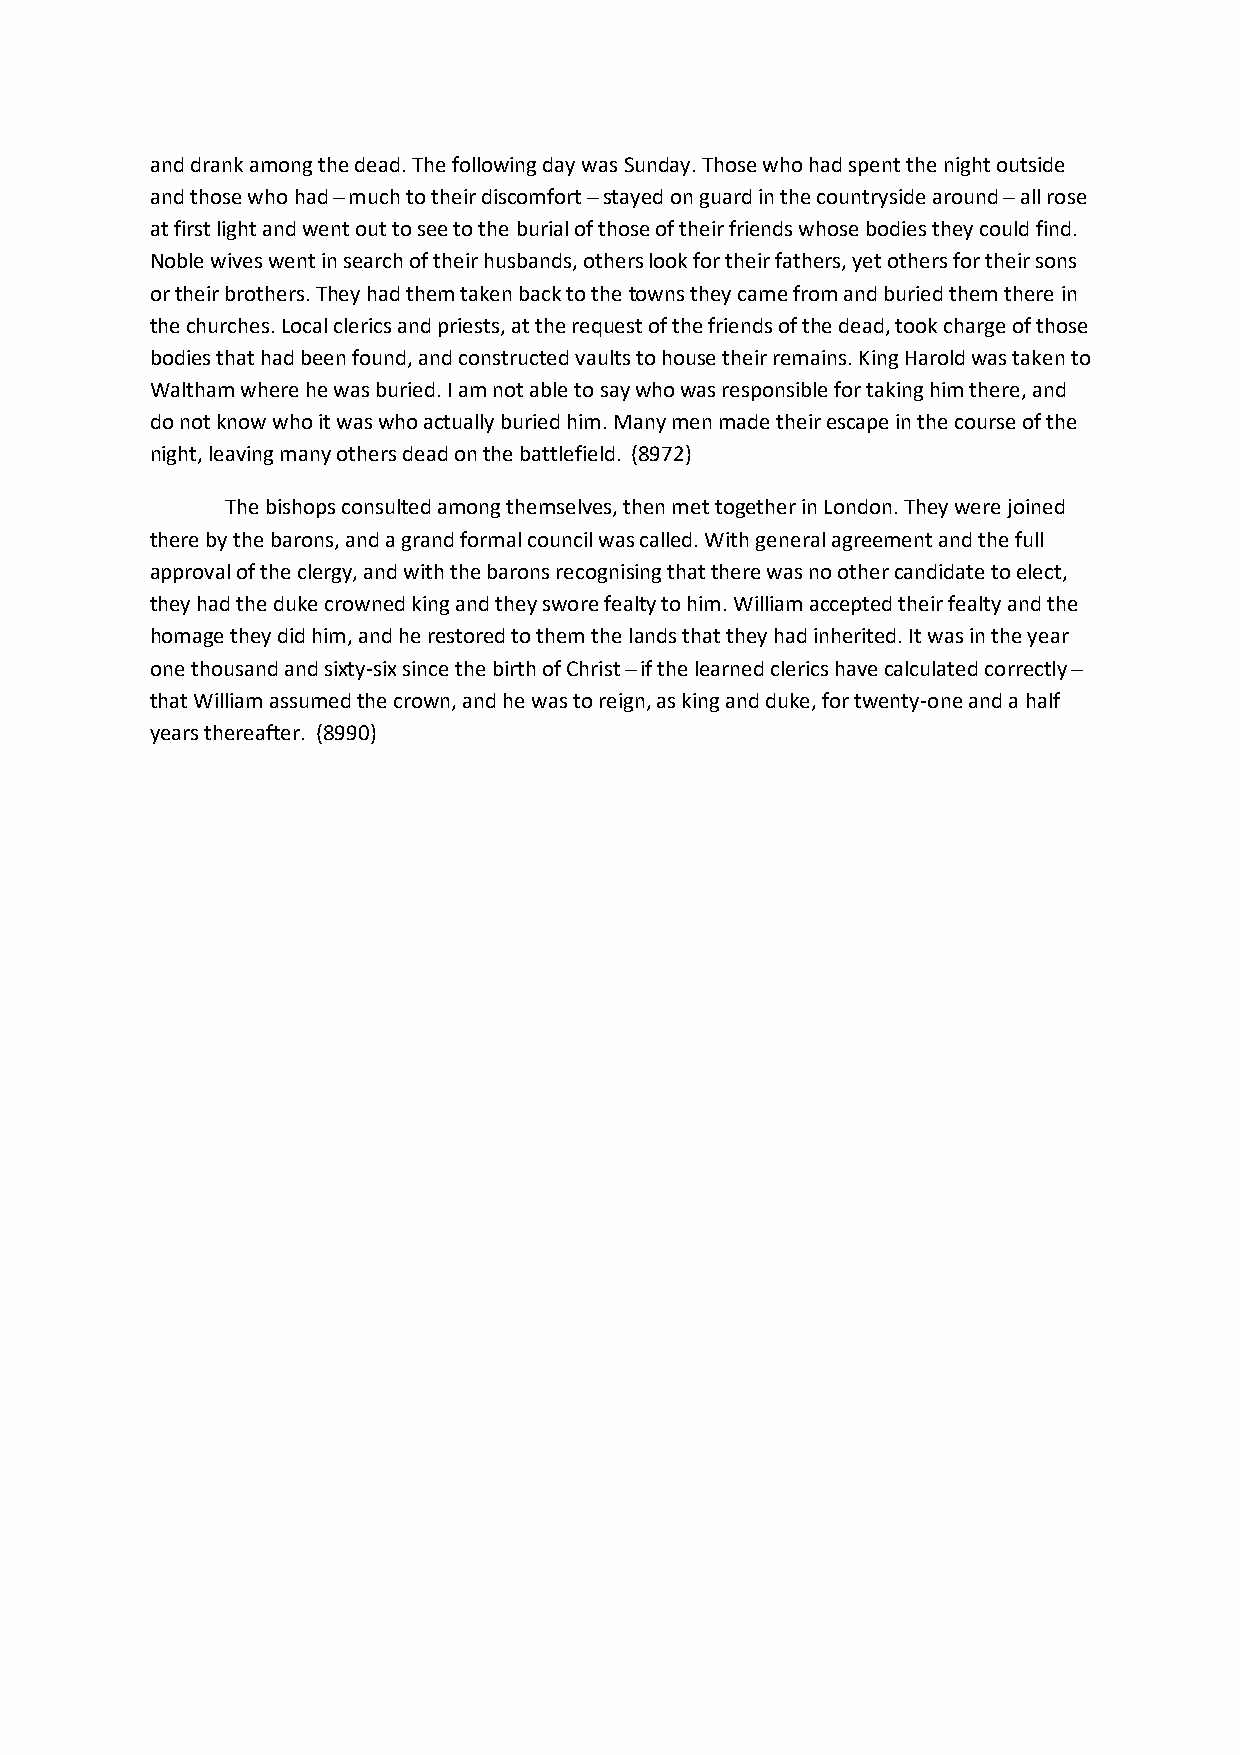
and drank among the dead. The following day was Sunday. Those who had spent the night outside
 and those who had ̶ much to their discomfort ̶ stayed on guard in the countryside around ̶ all rose
 at first light and went out to see to the burial of those of their friends whose bodies they could find.
 Noble wives went in search of their husbands, others look for their fathers, yet others for their sons
 or their brothers. They had them taken back to the towns they came from and buried them there in
 the churches. Local clerics and priests, at the request of the friends of the dead, took charge of those
 bodies that had been found, and constructed vaults to house their remains. King Harold was taken to
 Waltham where he was buried. I am not able to say who was responsible for taking him there, and
 do not know who it was who actually buried him. Many men made their escape in the course of the
 night, leaving many others dead on the battlefield. (8972)
 The bishops consulted among themselves, then met together in London. They were joined
 there by the barons, and a grand formal council was called. With general agreement and the full
 approval of the clergy, and with the barons recognising that there was no other candidate to elect,
 they had the duke crowned king and they swore fealty to him. William accepted their fealty and the
 homage they did him, and he restored to them the lands that they had inherited. It was in the year
 one thousand and sixty-six since the birth of Christ ̶ if the learned clerics have calculated correctly ̶
 that William assumed the crown, and he was to reign, as king and duke, for twenty-one and a half
 years thereafter. (8990)